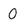
Character: O